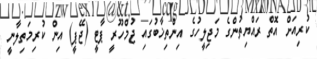
ކުރިއަށް އޮތް ރައްޔިތުންގެ މަޖިލީހުގެ އިންތިޚާބުގައި ޖުމްހޫރީ ޕާޓީ (ޖޭޕީ) އިން ކުރިމަތިލާނީ